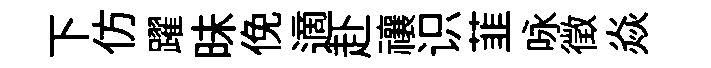
下仿躍昧俛適赴禳识韮咏徵焱